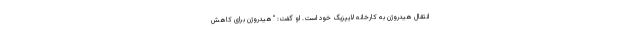
انتقال هیدروژن به کارخانه لایپزیگ خود است. او گفت: “هیدروژن برای کاهش